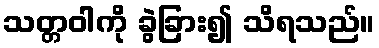
သတ္တဝါကို ခွဲခြား၍ သိရသည်။